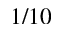
1 / 1 0